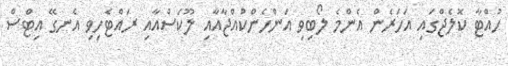
ހުއްޓާ ކޮލެޖްގައި އަހަރެން އެންމެ ލޯބިވި އަންހެންކުއްޖާއާއި ލޫކަސްއާއި ރައްޓެހިވި އެނގޭ އިޓްސް